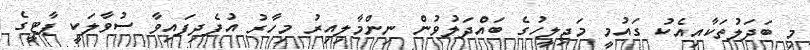
މި ބަދަލުތަކާއިއެކު ގައުމީ މަޖިލީހުގެ ބައްދަލުވުން ނިންމާލިއިރު މިހާރު އުފެދިފައިވާ ސުވާލަކީ ޕާޓީގެ